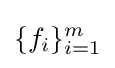
\{f_{i}\}_{i=1}^{m}